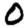
Digit: 0